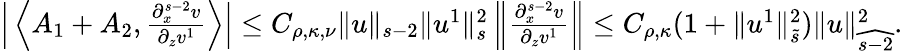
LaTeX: \begin{array}{r}{\Big|\left\langle A_{1}+A_{2},\frac{\partial_{x}^{s-2}v}{\partial_{z}v^{1}}\right\rangle\Big|\leq C_{\rho,\kappa,\nu}\| u\| _{s-2}\| u^{1}\| _{s}^{2}\left\| \frac{\partial_{x}^{s-2}v}{\partial_{z}v^{1}}\right\| \leq C_{\rho,\kappa}(1+\| u^{1}\| _{\tilde{s}}^{2})\| u\| _{\widehat{s-2}}^{2}.}\end{array}